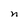
Character: n